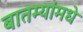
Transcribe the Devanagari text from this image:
बातम्यांमधे